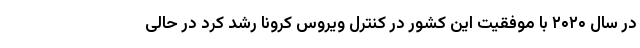
در سال ۲۰۲۰ با موفقیت این کشور در کنترل ویروس کرونا رشد کرد در حالی